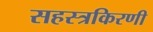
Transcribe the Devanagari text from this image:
सहस्त्रकिरणी